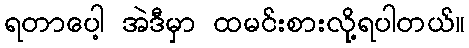
ရတာပေါ့ အဲဒီမှာ ထမင်းစားလို့ရပါတယ်။